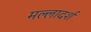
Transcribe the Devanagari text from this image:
मल्लादर्श